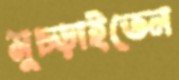
মুচ্‌ড়াইতেন